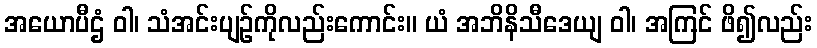
အယောပီဌံ ဝါ၊ သံအင်းပျဉ်ကိုလည်းကောင်း။ ယံ အဘိနိသီဒေယျ ဝါ၊ အကြင် ဖိ၍လည်း